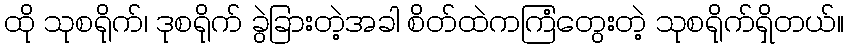
ထို သုစရိုက်၊ ဒုစရိုက် ခွဲခြားတဲ့အခါ စိတ်ထဲကကြံတွေးတဲ့ သုစရိုက်ရှိတယ်။